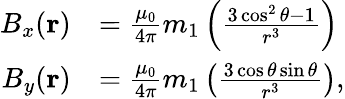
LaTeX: {\begin{array}{rl}{B_{x}(\mathbf{r})}&{={\frac{\mu_{0}}{4\pi}}m_{1}\left({\frac{3\cos^{2}\theta-1}{r^{3}}}\right)}\\ {B_{y}(\mathbf{r})}&{={\frac{\mu_{0}}{4\pi}}m_{1}\left({\frac{3\cos\theta\sin\theta}{r^{3}}}\right),}\end{array}}